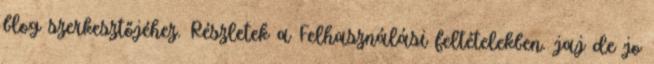
blog szerkesztőjéhez. Részletek a Felhasználási feltételekben. jaj de jo